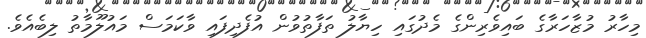
މިހާރު މުޒާހަރާގެ ބައިވެރިންގެ މެދުގައި ހިޔާލު ތަފާތުވުން އުފެދިފައި ވާކަމަސް މައުލޫމާތު ލިބެއެވެ.